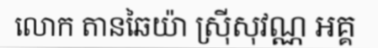
លោក តានឆៃយ៉ា ស្រ៊ីសុវណ្ណ អគ្គ